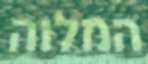
המלוה